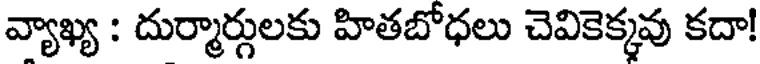
వ్యాఖ్య : దుర్మార్గులకు హితబోధలు చెవికెక్కవు కదా!